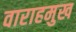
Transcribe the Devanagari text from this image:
वाराहमुख